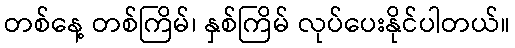
တစ်နေ့ တစ်ကြိမ်၊ နှစ်ကြိမ် လုပ်ပေးနိုင်ပါတယ်။